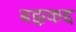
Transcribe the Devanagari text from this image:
बझकद्द